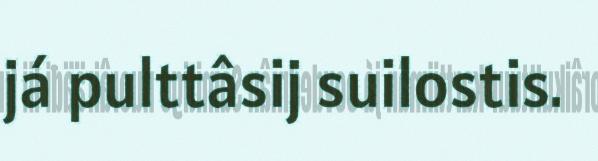
já pulttâsij suilostis.